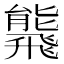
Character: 𩙸